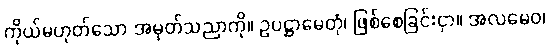
ကိုယ်မဟုတ်သော အမှတ်သညာကို။ ဥပဋ္ဌာမေတုံ၊ ဖြစ်စေခြင်းငှာ။ အလမေဝ၊